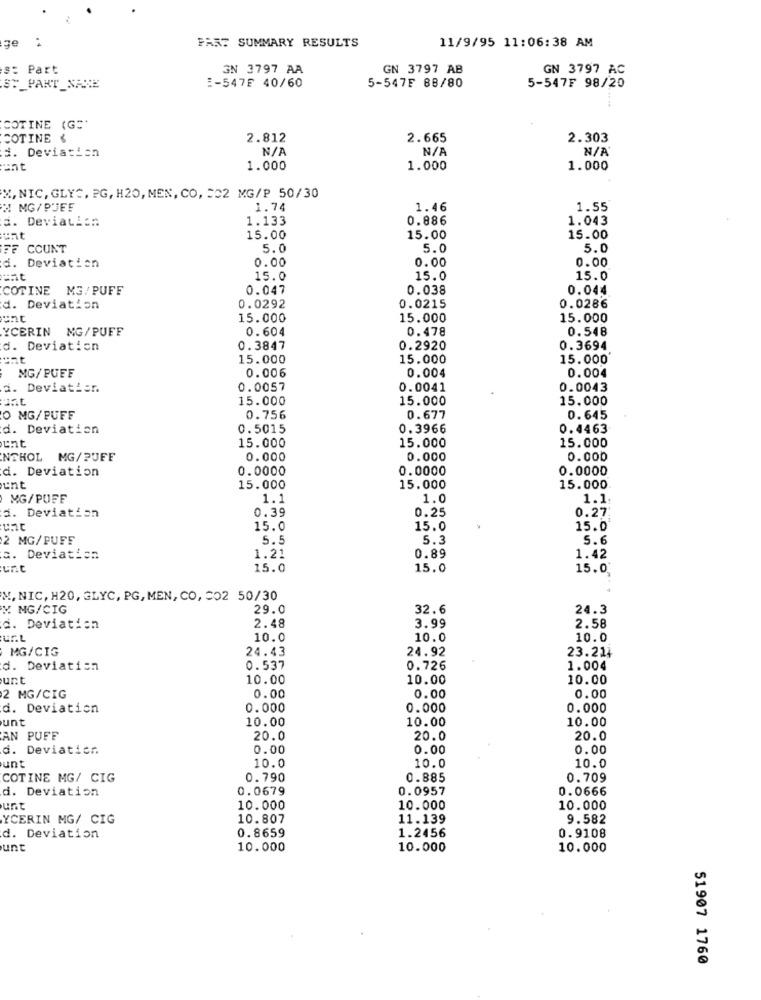
ge :
FARE SUMMARY RESULTS
11/9/95 11:06:38 AM
Part
3N 3797 AA
GN 3797 AB
GN 3797 AC
:- 547F 40/60
ST_PART_NAME
5-547F 88/80
5-547₣ 98/20
COTINE (G="
COTINE &
2.812
2.665
2.303
N/P
d. Deviation
unt
1.000
1.000
1.000
X, NIC, GLYC, PG, H20, MEN, CO, 502 MG/P 50/30
H MG/PUES
1.74
1.46
1.55
E. Deviation
1.133
0.886
1.043
15.00
15.00
15.00
FF COUNT
5.0
5.0
5.0
0.00
0.00
0.00
. Deviation
15.0
15.0
15.0
COTINE M3/PUFF
0.047
0.038
0.044
d. Deviation
0.0292
0.0215
0.0286
ent
15.000
15.000
15.000
YCERIN MG/PUFF
0.604
0.478
0.548
d. Deviation
0.3847
0.2920
0.3694
:at
15.000
15.000
15.000
0.006
0.004
0.004
MG/PUFF
a. Deviatier.
0.0057
0.0041
0.0043
unt
15.000
15.000
15.000
O MG/PUFF
0.756
0.677
0.645
d. Deviation
0.5015
0.3966
0.4463
unt
15.000
15.000
15.000
NSHOL MG/PUFF
0.000
0.000
0.000
d. Deviation
0.0000
0.0000
0.0000
unt
15.000
15.000
15.000
MG/PUFF
1.1
1.0
1.1
0.39
0.25
0.27
a. Deviation
15.0
15.0
15.0
2 MG/PUFF
5.5
5.3
5.6
c. Deviation
1.21
0.89
1.42
une
15.0
15.0
15.0
M. NIC, H20, GLYC, PG, MEN, CO, 302 50/30
M MG/CIG
29.0
32.6
24.3
d. Deviation
2.48
3.99
2.58
ur.L
10.0
10.0
10.0
MG/CIG
24.43
24.92
23.214
d. Deviation
0.537
0.726
1.004
unt
10.00
10.00
10.00
2 MG/CIG
0.00
0.00
0.00
d. Deviation
0.000
0.000
0.000
unt
10.00
10.00
10.00
AN PUFF
20.0
20.0
20.0
d. Deviation
0.00
0.00
0.00
10.0
unt
10.0
10.0
COTINE MG/ CIG
0.790
0.885
0.709
d. Deviation
0.0679
0.0957
0.0666
unt
10.000
10.000
10.000
YCERIN MG/ CIG
10.807
11.139
9.582
0.8659
0.9108
d. Deviation
1.2456
unt
10.000
10.000
10.000
51907 1760